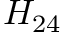
H _ { 2 4 }